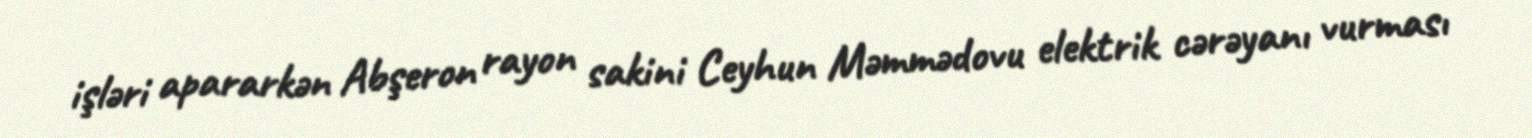
işləri apararkən Abşeron rayon sakini Ceyhun Məmmədovu elektrik cərəyanı vurması